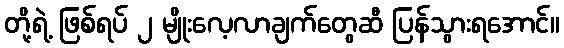
တို့ရဲ့ ဖြစ်ရပ် ၂ မျိုးလေ့လာချက်တွေဆီ ပြန်သွားရအောင်။